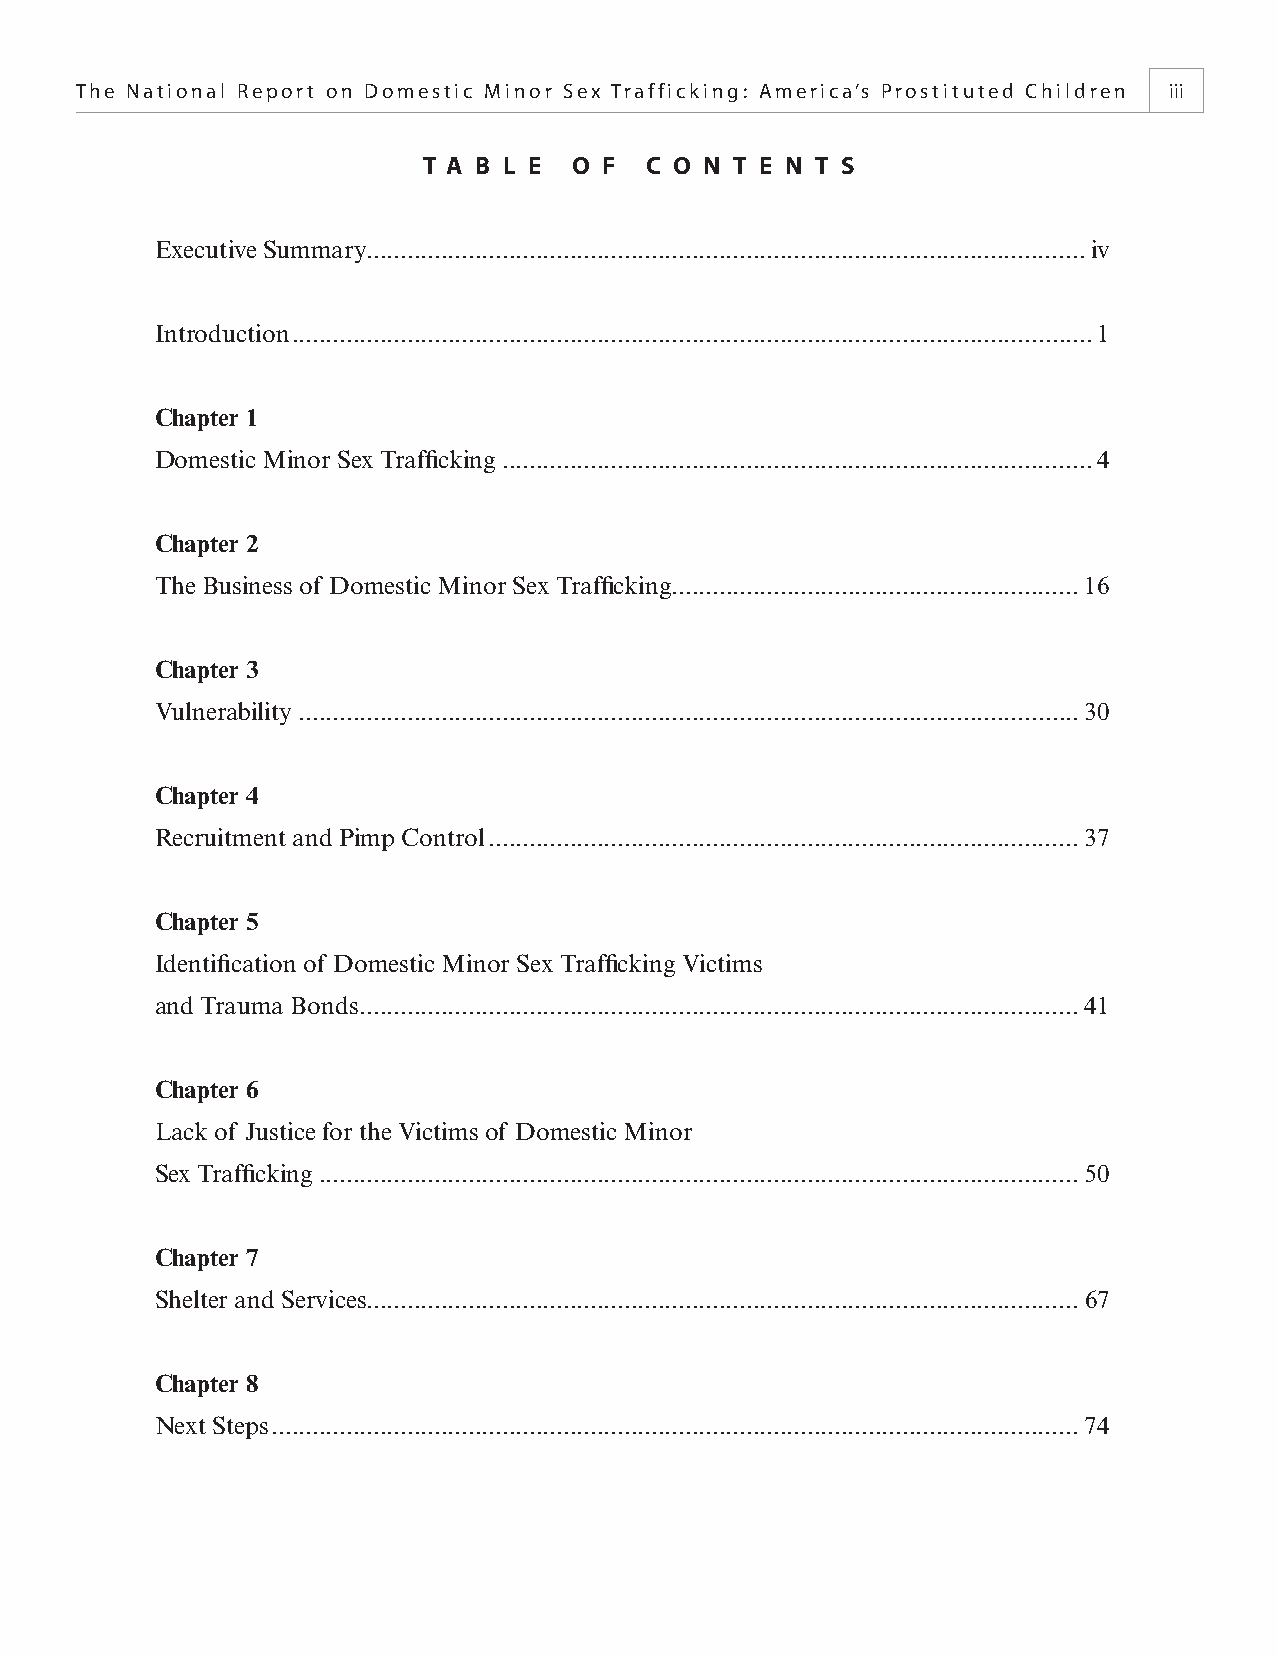
The National Report on Domestic Minor Sex Trafficking: America’s Prostituted Children iii
 T A B L E O F  C O N T E N T S
 Executive Summary ..........................................................................................................iv
 Introduction ......................................................................................................................1
 Chapter 1
 Domestic Minor Sex Traffi cking .......................................................................................4
 Chapter 2
 The Business of Domestic Minor Sex Traffi cking............................................................16
 Chapter 3
 Vulnerability ...................................................................................................................30
 Chapter 4
 Recruitment and Pimp Control .......................................................................................37
 Chapter 5
 Identifi cation of Domestic Minor Sex Traffi cking Victims
 and Trauma Bonds ..........................................................................................................41
 Chapter 6
 Lack of Justice for the Victims of Domestic Minor
 Sex Traffi cking ................................................................................................................50
 Chapter 7
 Shelter and Services .........................................................................................................67
 Chapter 8
 Next Steps .......................................................................................................................74